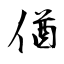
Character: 偤